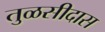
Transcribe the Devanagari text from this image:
तुळसीदास